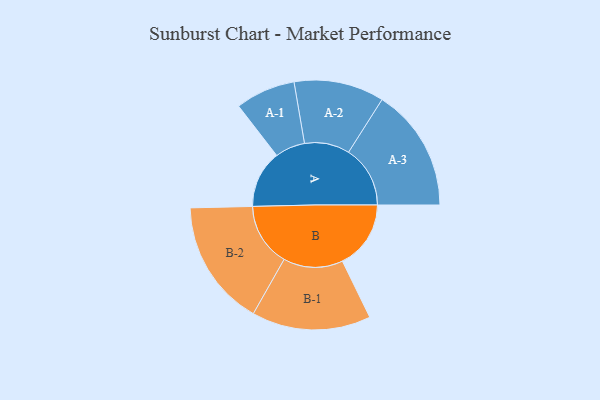
{"axis": {"x": "Segment", "y": "Value"}, "legend": ["", "A", "B"], "data": [{"x": "A", "y": 243, "type": ""}, {"x": "B", "y": 290, "type": ""}, {"x": "A-1", "y": 127, "type": "A"}, {"x": "A-2", "y": 191, "type": "A"}, {"x": "A-3", "y": 261, "type": "A"}, {"x": "B-1", "y": 252, "type": "B"}, {"x": "B-2", "y": 268, "type": "B"}]}